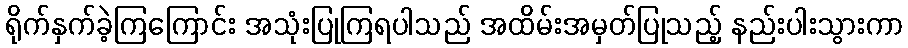
ရိုက်နှက်ခဲ့ကြကြောင်း အသုံးပြုကြရပါသည် အထိမ်းအမှတ်ပြုသည့် နည်းပါးသွားကာ